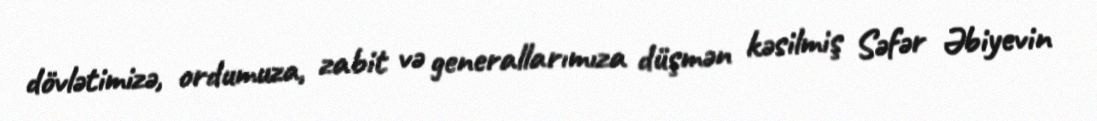
dövlətimizə, ordumuza, zabit və generallarımıza düşmən kəsilmiş Səfər Əbiyevin